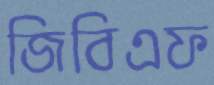
জিবিএফ